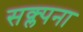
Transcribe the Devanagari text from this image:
सक्ल्पना